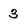
Character: 3